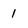
Character: 1